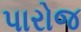
પારોજ